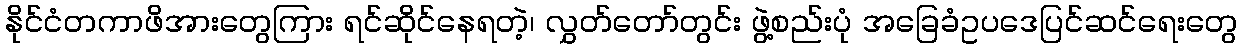
နိုင်ငံတကာဖိအားတွေကြား ရင်ဆိုင်နေရတဲ့၊ လွှတ်တော်တွင်း ဖွဲ့စည်းပုံ အခြေခံဥပဒေပြင်ဆင်ရေးတွေ